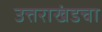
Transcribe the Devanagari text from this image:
उत्तराखंडचा